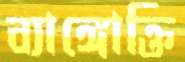
ব্যাঙ্গোক্তি